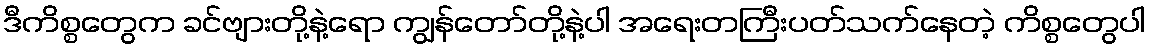
ဒီကိစ္စတွေက ခင်ဗျားတို့နဲ့ရော ကျွန်တော်တို့နဲ့ပါ အရေးတကြီးပတ်သက်နေတဲ့ ကိစ္စတွေပါ